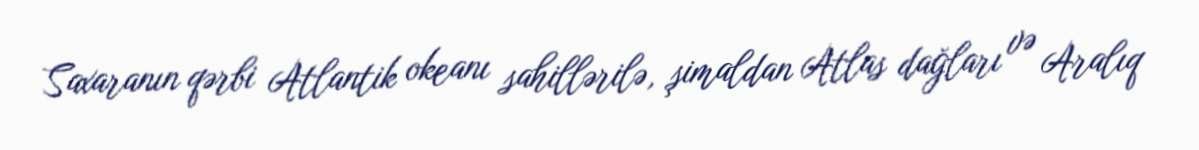
Saxaranın qərbi Atlantik okeanı sahillərilə, şimaldan Atlas dağları və Aralıq